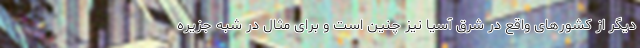
دیگر از کشورهای واقع در شرق آسیا نیز چنین است و برای مثال در شبه جزیره